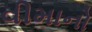
વીમાનો